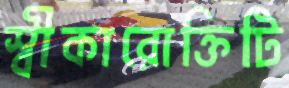
স্বীকারোক্তিটি